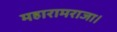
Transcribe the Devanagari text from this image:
महारामराजा।